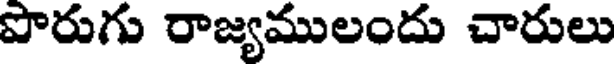
పొరుగు రాజ్యములందు చారులు